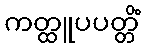
ကတ္ထူပပတ္တိံ